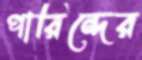
পারিন্দের